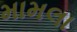
મામલા